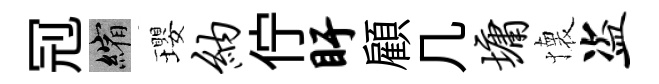
𠜍縮瓔纳佇盱顧几墉懐盗